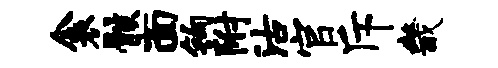
衾骸面钩附沽官斥畿